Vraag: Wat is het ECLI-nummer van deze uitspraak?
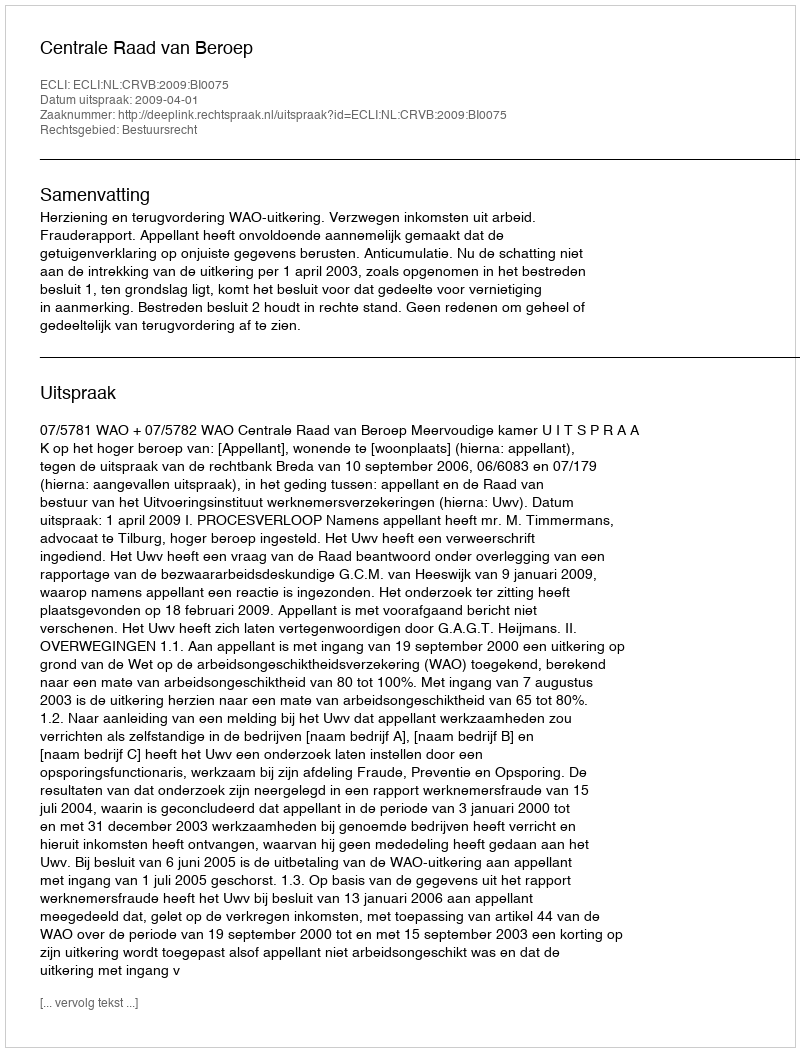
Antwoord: ECLI:NL:CRVB:2009:BI0075